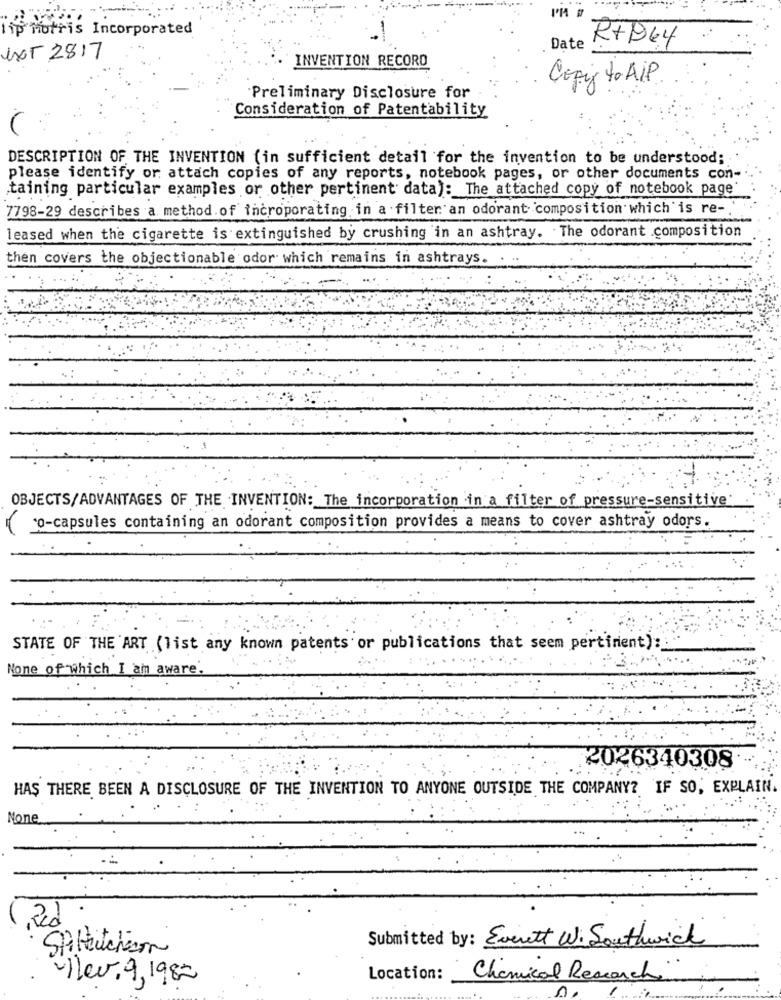
lip motris Incorporated
RTD64
Date
NOT 2817
INVENTION RECORD
Copy to ALP
Preliminary Disclosure for
Consideration of Patentability
DESCRIPTION OF THE INVENTION (in sufficient detail for the invention to be understood;
please identify or attach copies of any reports, notebook pages, or other documents con-
taining particular examples or other pertinent data): The attached copy of notebook page
7798-29 describes a method.of incroporating in a filter an odorant composition which is re -.
leased when the cigarette is extinguished by crushing in an ashtray. The odorant composition
then covers the objectionable odor which remains in ashtrays.
OBJECTS/ADVANTAGES OF THE INVENTION: The incorporation in a filter of pressure-sensitive
so-capsules containing an odorant composition provides a means to cover ashtray odors.
STATE OF THE ART (list any known patents or publications that seem pertinent):
None of which I am aware.
2026340308
HAŞ THERE BEEN A DISCLOSURE OF THE INVENTION TO ANYONE OUTSIDE THE COMPANY? IF SO, EXPLAIN.
Submitted by: Everett W. Southwick
SPHauchson
Location:
Chemical Research
nleu, 9,1982